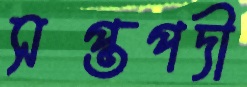
সপ্তপদী